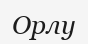
Орлу